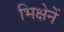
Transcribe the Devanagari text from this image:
भिक्षेनें